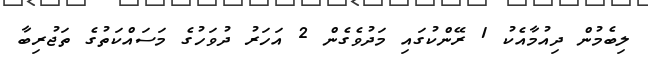
ލިބެމުން ދިއުމާއެކު 1 ރޭންކުގައި މަދުވެގެން 2 އަހަރު ދުވަހުގެ މަސައްކަތުގެ ތަޖުރިބާ